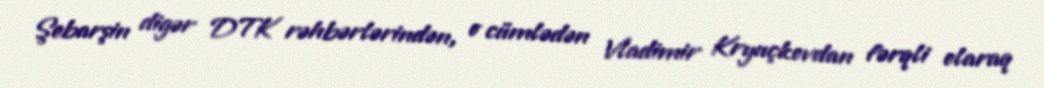
Şebarşin digər DTK rəhbərlərindən, o cümlədən Vladimir Kryuçkovdan fərqli olaraq